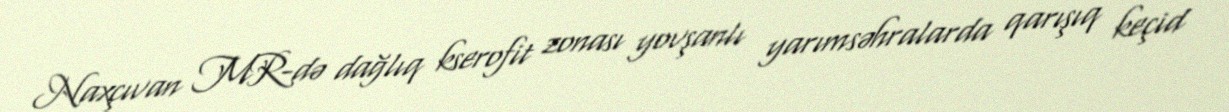
Naxçıvan MR-də dağlıq kserofit zonası yovşanlı yarımsəhralarda qarışıq keçid